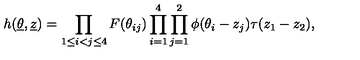
h ( \underline { { \theta } } , { \underline { { z } } } ) = \prod _ { 1 \le i < j \le 4 } F ( \theta _ { i j } ) \prod _ { i = 1 } ^ { 4 } \prod _ { j = 1 } ^ { 2 } \phi ( \theta _ { i } - z _ { j } ) \tau ( z _ { 1 } - z _ { 2 } ) ,